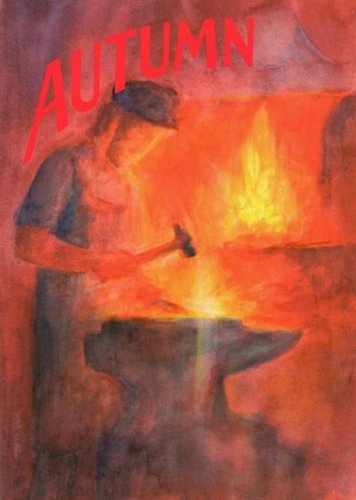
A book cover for Autumn: A Collection of Poems, Songs and Stories for Young Children (Kindergarten); Children's Books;